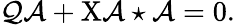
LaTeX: {\cal Q}\mathcal{A}+\mathrm{X}\mathcal{A}\star\mathcal{A}=0.